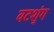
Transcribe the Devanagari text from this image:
वटशुंग